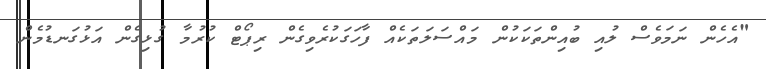
"އެހެން ނަމަވެސް ލުއި ބުއިންތަކަކުން މައްސަލަތަކެއް ފާހަގަކުރެވިގެން ރިޕޯޓް ކުރުމާ ގުޅިގެން އަޅުގަނޑުމެން